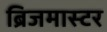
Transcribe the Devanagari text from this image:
ब्रिजमास्टर